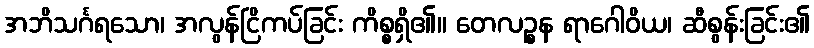
အဘိသင်္ဂရသော၊ အလွန်ငြိကပ်ခြင်း ကိစ္စရှိ၏။ တေလဉ္စန ရာဂေါဝိယ၊ ဆီစွန်းခြင်း၏